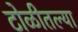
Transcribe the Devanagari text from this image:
टोळीतल्या